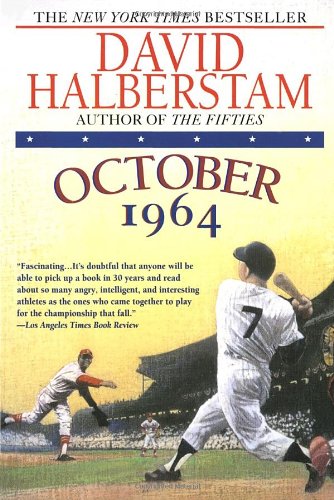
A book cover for Oct-64; David Halberstam; History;